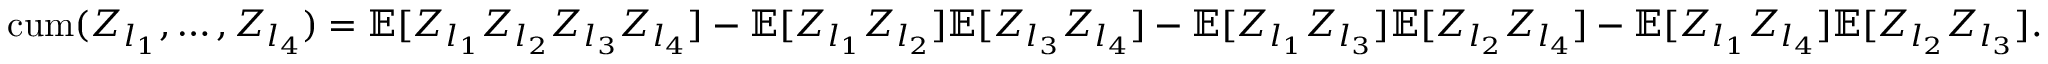
\begin{array} { r } { { \mathrm { c u m } } ( Z _ { l _ { 1 } } , \ldots , Z _ { l _ { 4 } } ) = \mathbb { E } [ Z _ { l _ { 1 } } Z _ { l _ { 2 } } Z _ { l _ { 3 } } Z _ { l _ { 4 } } ] - \mathbb { E } [ Z _ { l _ { 1 } } Z _ { l _ { 2 } } ] \mathbb { E } [ Z _ { l _ { 3 } } Z _ { l _ { 4 } } ] - \mathbb { E } [ Z _ { l _ { 1 } } Z _ { l _ { 3 } } ] \mathbb { E } [ Z _ { l _ { 2 } } Z _ { l _ { 4 } } ] - \mathbb { E } [ Z _ { l _ { 1 } } Z _ { l _ { 4 } } ] \mathbb { E } [ Z _ { l _ { 2 } } Z _ { l _ { 3 } } ] . } \end{array}